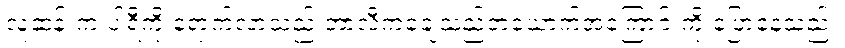
လူဆန်းက ပါရီကို ရောက်လာသည့် ဘာလီကချေသည်တယောက်အကြောင်းကို ပြောနေသည်။